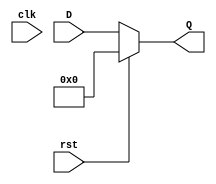
`timescale 1ns / 1ps
//////////////////////////////////////////////////////////////////////////////////
// Company: 
// Engineer: 
// 
// Design Name: 
// Module Name:    reg_7bit 
// Project Name: 
// Target Devices: 
// Tool versions: 
// Description: 
//
// Dependencies: 
//
// Revision: 
// Revision 0.01 - File Created
// Additional Comments: 
//
//////////////////////////////////////////////////////////////////////////////////
module reg_7bit(
		input [6:0] D,
		output [6:0] Q,
		input clk,
		input rst
    );
	 
	 reg [6:0] out;
	 assign Q = out;
	 
	 always @(*)
	 begin
		if (rst) begin
			out <= 0;
		end
		else begin
			out <= D;
		end
	 end


endmodule